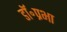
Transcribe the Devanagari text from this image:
डॉ॰प्रभा